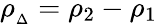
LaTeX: \rho_{{}_{\Delta}}=\rho_{2}-\rho_{1}